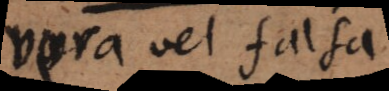
vera vel falsa.